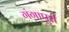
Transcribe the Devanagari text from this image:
गंगापुरी